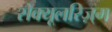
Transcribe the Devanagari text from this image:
सेक्यूलरिज़्म